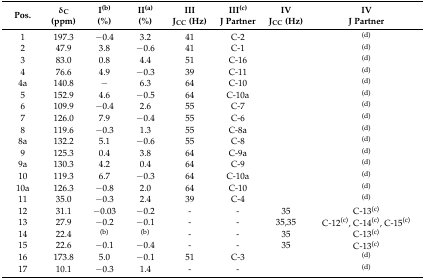
| Pos. | δC(ppm) | I(b)(%) | II(a)(%) | III JCC (Hz) | III(c)J Partner | IV JCC (Hz) | IV J Partner |
 | --- | --- | --- | --- | --- | --- | --- | --- |
 | 1 | 197.3 | −0.4 | 3.2 | 41 | C-2 |  | (d) |
 | 2 | 47.9 | 3.8 | −0.6 | 41 | C-1 |  | (d) |
 | 3 | 83.0 | 0.8 | 4.4 | 51 | C-16 |  | (d) |
 | 4 | 76.6 | 4.9 | −0.3 | 39 | C-11 |  | (d) |
 | 4a | 140.8 | − | 6.3 | 64 | C-10 |  | (d) |
 | 5 | 152.9 | 4.6 | −0.5 | 64 | C-10a |  | (d) |
 | 6 | 109.9 | −0.4 | 2.6 | 55 | C-7 |  | (d) |
 | 7 | 126.0 | 7.9 | −0.4 | 55 | C-6 |  | (d) |
 | 8 | 119.6 | −0.3 | 1.3 | 55 | C-8a |  | (d) |
 | 8a | 132.2 | 5.1 | −0.6 | 55 | C-8 |  | (d) |
 | 9 | 125.3 | 0.4 | 3.8 | 64 | C-9a |  | (d) |
 | 9a | 130.3 | 4.2 | 0.4 | 64 | C-9 |  | (d) |
 | 10 | 119.3 | 6.7 | −0.3 | 64 | C-10a |  | (d) |
 | 10a | 126.3 | −0.8 | 2.0 | 64 | C-10 |  | (d) |
 | 11 | 35.0 | −0.3 | 2.4 | 39 | C-4 |  | (d) |
 | 12 | 31.1 | −0.03 | −0.2 | - | - | 35 | C-13(c) |
 | 13 | 27.9 | −0.2 | −0.1 | - | - | 35,35 | C-12(c), C-14(c), C-15(c) |
 | 14 | 22.4 | (b) | (b) | - | - | 35 | C-13(c) |
 | 15 | 22.6 | −0.1 | −0.4 | - | - | 35 | C-13(c) |
 | 16 | 173.8 | 5.0 | −0.1 | 51 | C-3 |  | (d) |
 | 17 | 10.1 | −0.3 | 1.4 | - | - |  | (d) |